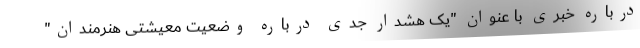
درباره خبری با عنوان "یک هشدار جدی درباره وضعیت معیشتی هنرمندان"